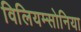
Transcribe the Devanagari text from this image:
विलियम्सोनिया